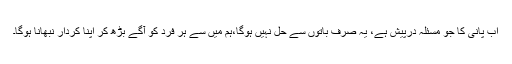
اب پانی کا جو مسئلہ درپیش ہے، یہ صرف باتوں سے حل نہیں ہوگا،ہم میں سے ہر فرد کو آگے بڑھ کر اپنا کردار نبھانا ہوگا۔